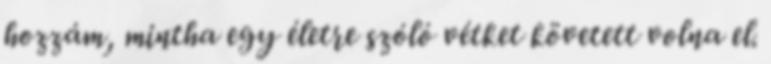
hozzám, mintha egy életre szóló vétket követett volna el.